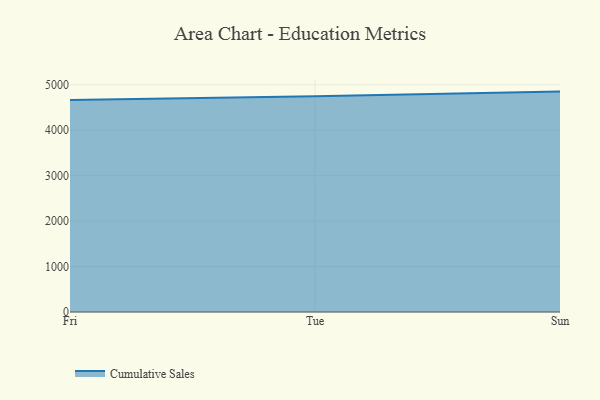
{"axis": {"x": "Day", "y": "Active Users"}, "legend": ["Cumulative Sales"], "data": [{"x": "Fri", "y": 4663.1, "type": "Cumulative Sales"}, {"x": "Tue", "y": 4744.4, "type": "Cumulative Sales"}, {"x": "Sun", "y": 4849.0, "type": "Cumulative Sales"}]}